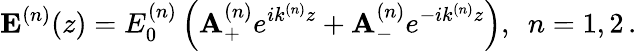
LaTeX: {\mathbf E}^{(n)}(z)=E_{0}^{(n)}\left({\mathbf A}_{+}^{(n)}e^{ik^{(n)}z}+{\mathbf A}_{-}^{(n)}e^{-ik^{(n)}z}\right),\, \, \, n=1,2\, .